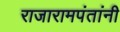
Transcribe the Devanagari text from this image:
राजारामपंतांनी